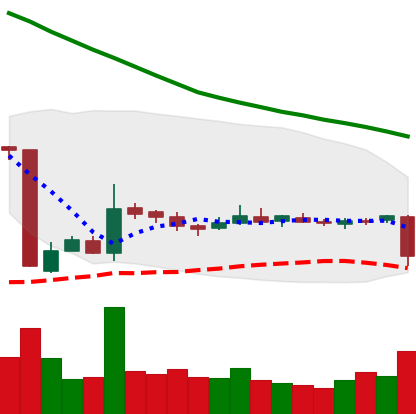
Ticker: EOS-USD
Chart end date: 2018-10-29
Forward return: 3.272%
Label: up_3_5